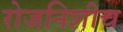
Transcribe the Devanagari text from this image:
रोजनिशीच